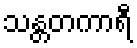
သန္တတကာရီ